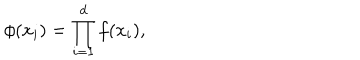
LaTeX: \phi ( x _ { i } ) = \prod _ { i = 1 } ^ { d } f ( x _ { i } ) ,